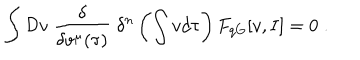
\int { \cal D } v \; \frac { \delta } { \delta v ^ { \mu } ( \tau ) } \; \delta ^ { n } \left( \int v d \tau \right) F _ { q G } [ v , I ] = 0 \; .